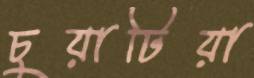
চুয়াটিয়া